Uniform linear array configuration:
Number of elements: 4
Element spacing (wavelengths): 1
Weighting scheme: exponential
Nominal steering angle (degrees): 60
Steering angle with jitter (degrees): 58.209
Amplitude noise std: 0.05
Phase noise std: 0.05

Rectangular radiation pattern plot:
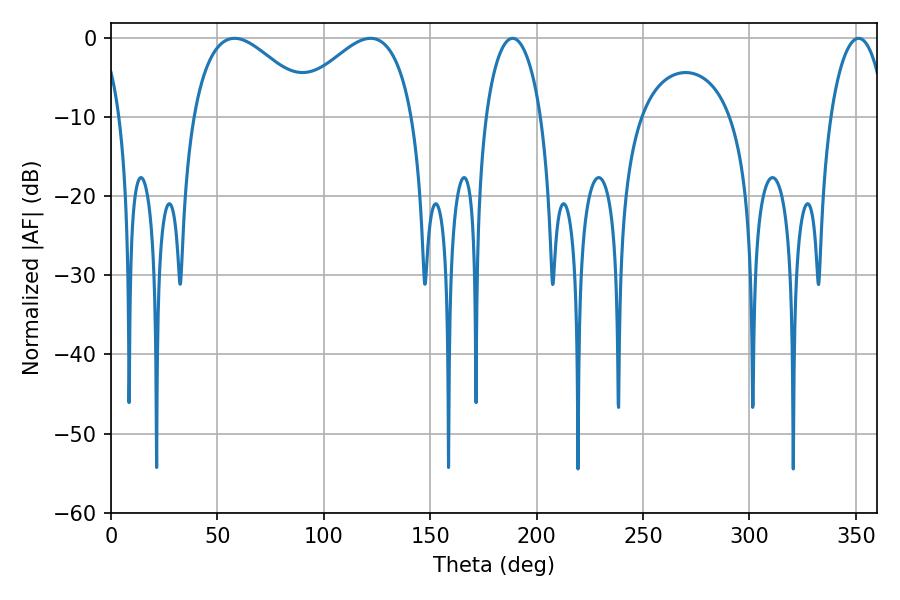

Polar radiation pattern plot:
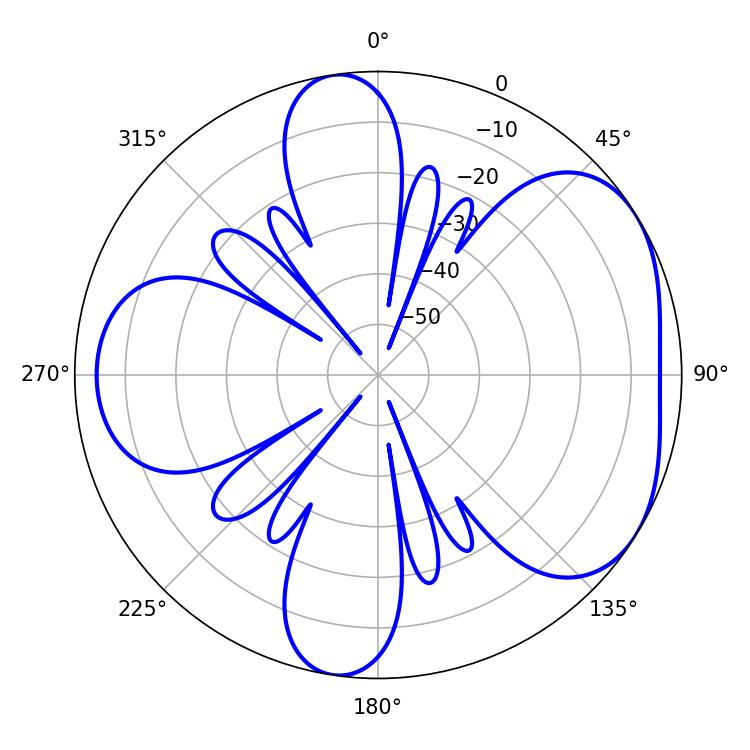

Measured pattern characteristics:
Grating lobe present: TRUE
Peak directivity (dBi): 4.562
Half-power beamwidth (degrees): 31.5
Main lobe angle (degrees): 57.96